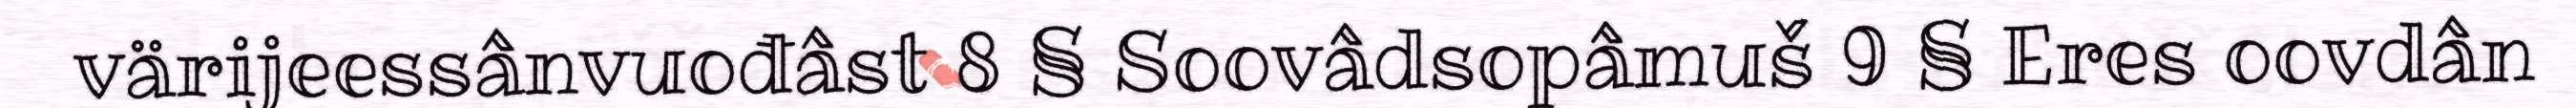
värijeessânvuođâst 8 § Soovâdsopâmuš 9 § Eres oovdân